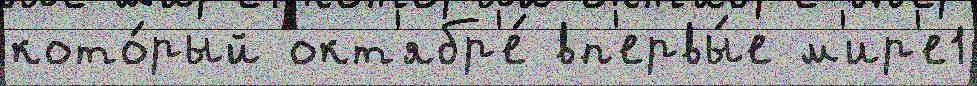
кото́рый окт'ябр'е́ вп'ервы́е м'ир'е1